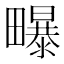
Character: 𭻶